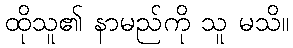
ထိုသူ၏ နာမည်ကို သူ မသိ။